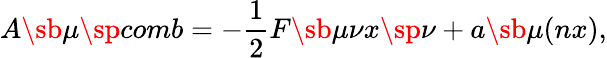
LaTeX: A\sb{\mu}\sp{comb}=-\frac{1}{2}F\sb{\mu\nu}x\sp{\nu}+a\sb{\mu}(nx),